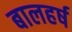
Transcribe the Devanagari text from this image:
बालहर्ष